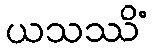
ယသဿိံ